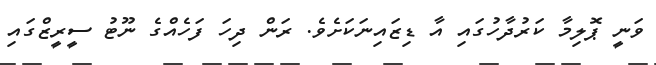
ވަނީ ޕޮލިމާ ކަރުދާހުގައި އާ ޑިޒައިނަކަށެވެ. ރަން ދިހަ ފަހެއްގެ ނޫޓު ސީރީޒްގައި